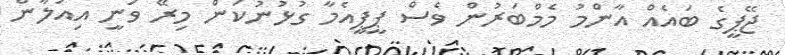
ޖޭޕީގެ ބައެއް އާންމު މެމްބަރުން ވެސް ޕީޕީއެމާ ގުޅުނުކަން މިރޭ ވަނީ އިއުލާން